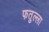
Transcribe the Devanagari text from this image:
फतुल्ला